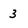
Character: 3